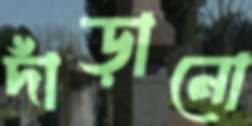
দাঁড়ানো